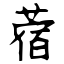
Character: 蓿